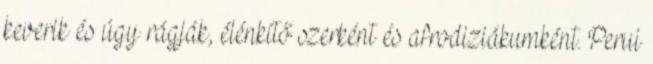
keverik és úgy rágják, élénkítő szerként és afrodiziákumként. Perui